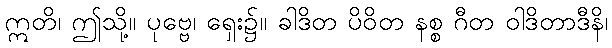
ဣတိ၊ ဤသို့။ ပုဗ္ဗေ၊ ရှေး၌။ ခါဒိတ ပိဝိတ နစ္စ ဂီတ ဝါဒိတာဒီနိ၊